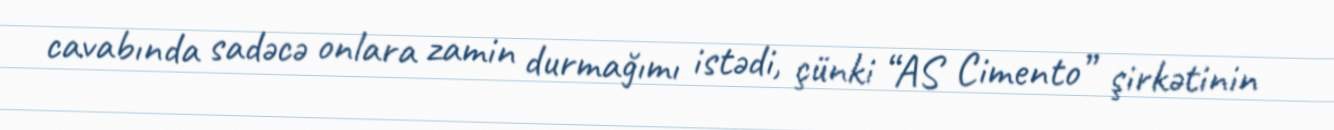
cavabında sadəcə onlara zamin durmağımı istədi, çünki “AS Cimento” şirkətinin